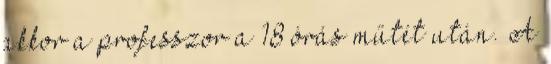
akkor a professzor a 18 órás műtét után. A